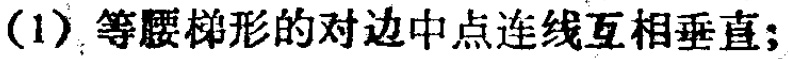
(1) 等腰梯形的对边中点连线互相垂直;